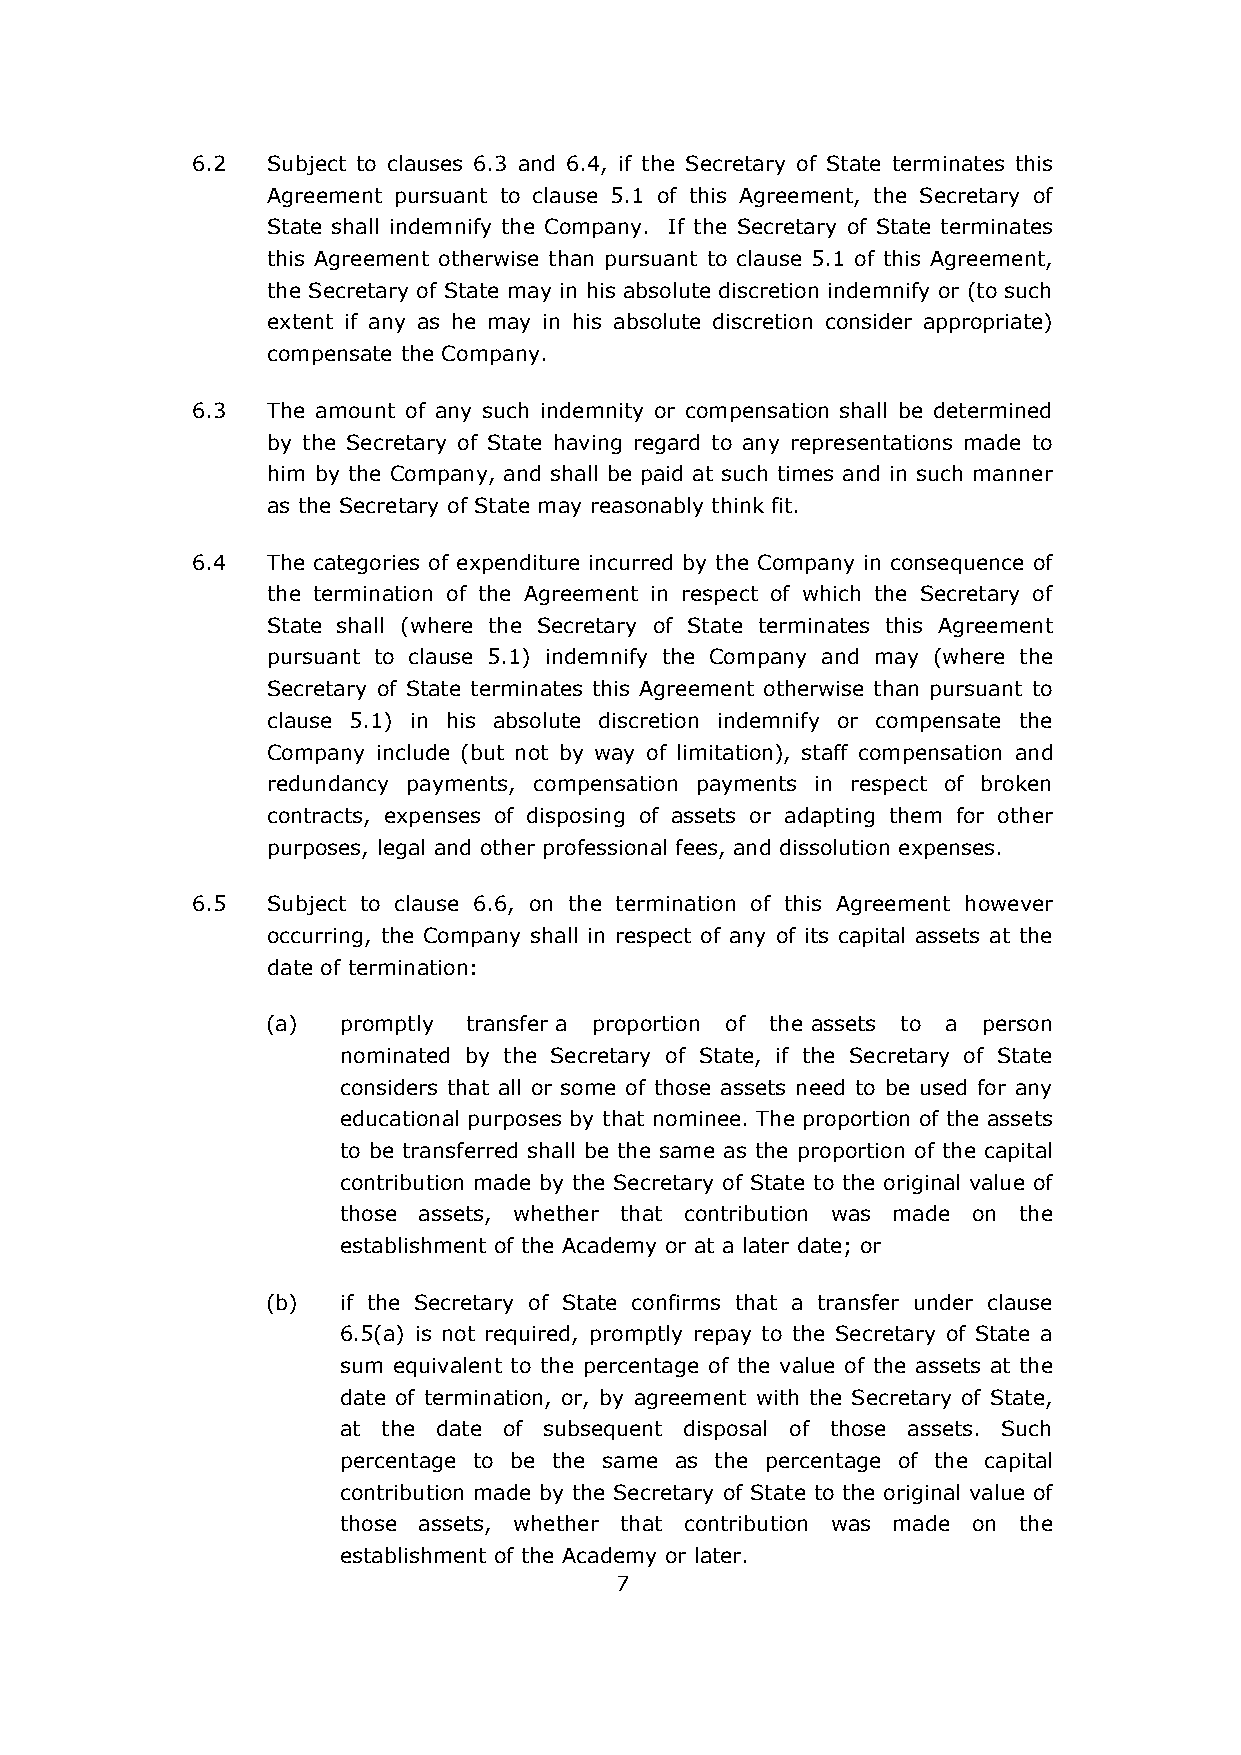
6.2  Subject to clauses 6.3 and 6.4, if the Secretary of State terminates this
 Agreement pursuant to clause 5.1 of this Agreement, the Secretary of
 State shall indemnify the Company. If the Secretary of State terminates
 this Agreement otherwise than pursuant to clause 5.1 of this Agreement,
 the Secretary of State may in his absolute discretion indemnify or (to such
 extent if any as he may in his absolute discretion consider appropriate)
 compensate the Company.
 6.3  The amount of any such indemnity or compensation shall be determined
 by the Secretary of State having regard to any representations made to
 him by the Company, and shall be paid at such times and in such manner
 as the Secretary of State may reasonably think fit.
 6.4  The categories of expenditure incurred by the Company in consequence of
 the termination of the Agreement in respect of which the Secretary of
 State shall (where the Secretary of State terminates this Agreement
 pursuant to clause 5.1) indemnify the Company and may (where the
 Secretary of State terminates this Agreement otherwise than pursuant to
 clause 5.1) in his absolute discretion indemnify or compensate the
 Company include (but not by way of limitation), staff compensation and
 redundancy payments, compensation payments in respect of broken
 contracts, expenses of disposing of assets or adapting them for other
 purposes, legal and other professional fees, and dissolution expenses.
 6.5  Subject to clause 6.6, on the termination of this Agreement however
 occurring, the Company shall in respect of any of its capital assets at the
 date of termination:
 (a) promptly transfer a proportion of the assets to a person
 nominated by the Secretary of State, if the Secretary of State
 considers that all or some of those assets need to be used for any
 educational purposes by that nominee. The proportion of the assets
 to be transferred shall be the same as the proportion of the capital
 contribution made by the Secretary of State to the original value of
 those assets, whether that contribution was made on the
 establishment of the Academy or at a later date; or
 (b) if the Secretary of State confirms that a transfer under clause
 6.5(a) is not required, promptly repay to the Secretary of State a
 sum equivalent to the percentage of the value of the assets at the
 date of termination, or, by agreement with the Secretary of State,
 at the date of subsequent disposal of those assets. Such
 percentage to be the same as the percentage of the capital
 contribution made by the Secretary of State to the original value of
 those assets, whether that contribution was made on the
 establishment of the Academy or later.
 7